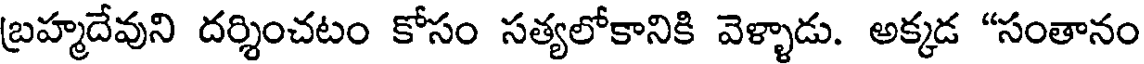
బ్రహ్మదేవుని దర్శించటం కోసం సత్యలోకానికి వెళ్ళాడు. అక్కడ "సంతానం